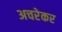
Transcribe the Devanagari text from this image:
अचरेकर